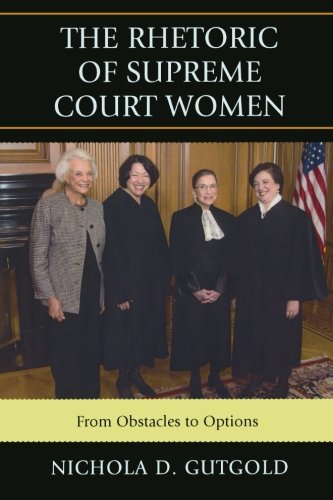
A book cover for The Rhetoric of Supreme Court Women: From Obstacles to Options; Nichola D. Gutgold ; Law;